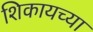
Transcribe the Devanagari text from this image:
शिकायच्या